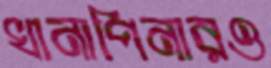
খানাপিনারও